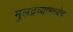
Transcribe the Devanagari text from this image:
मुलद्रव्यामध्येच